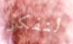
لنفكر